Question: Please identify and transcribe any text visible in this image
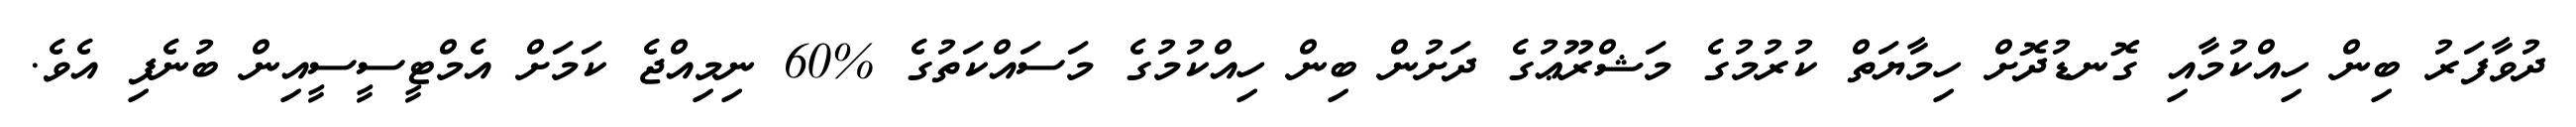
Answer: ދުވާފަރު ބިން ހިއްކުމާއި ގޮނޑުދޮށް ހިމާޔަތް ކުރުމުގެ މަޝްރޫޢުގެ ދަށުން ބިން ހިއްކުމުގެ މަސައްކަތުގެ %60 ނިމިއްޖެ ކަމަށް އެމްޓީސީސީއިން ބުނެފި އެވެ.